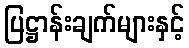
ပြဋ္ဌာန်းချက်များနှင့်